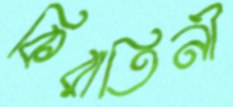
কিরাতিনী